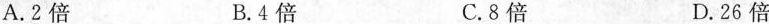
A.2倍 B.4倍 C.8倍 D.26倍